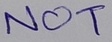
Text: NOT